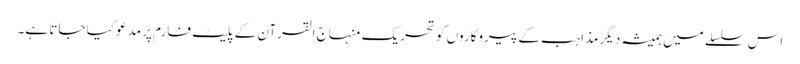
اس سلسلے میں ہمیشہ دیگر مذاہب کے پیروکاروں کو تحریک منہاج القرآن کے پلیٹ فارم پر مدعو کیا جاتا ہے۔